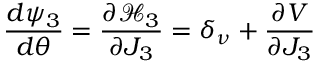
\frac { d \psi _ { 3 } } { d \theta } = \frac { \partial \mathcal { H } _ { 3 } } { \partial J _ { 3 } } = \delta _ { \nu } + \frac { \partial V } { \partial J _ { 3 } }